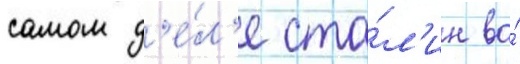
самом д'е́л'е ста́л'ин во́